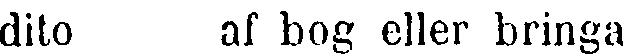
dito af bog eller bringa